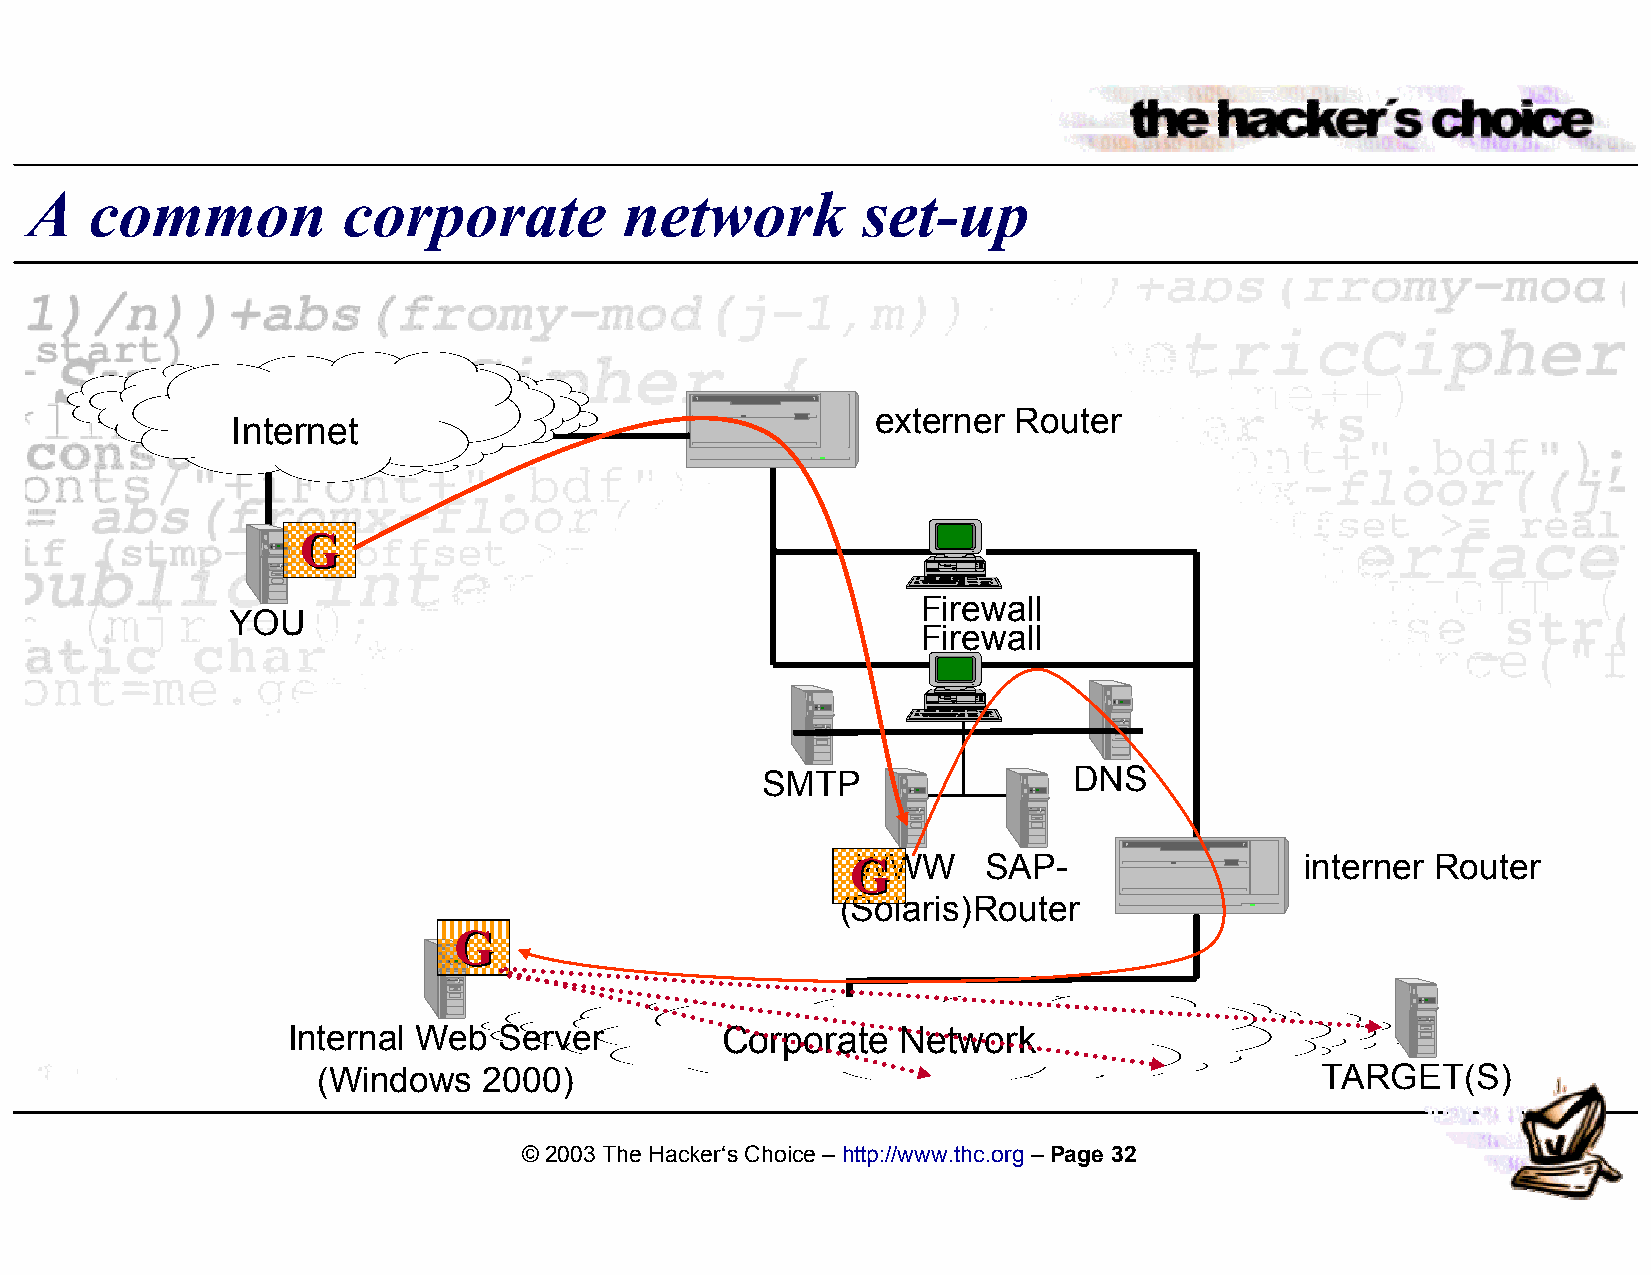
A   common           corporate         network         set-up
 externer Router
 Internet
 GG
 Firewall
 YOU
 Firewall
 SMTP                 DNS
 GGWWW    SAP-                 interner Router
 (Solaris)Router
 GG
 Internal Web  Server         Corporate   Network
 (Windows   2000)                                                  TARGET(S)
 © 2003 The Hacker‘s Choice – http://www.thc.org – Page 32